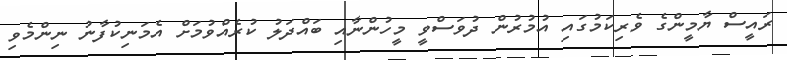
ރައީސް ޔާމީންގެ ވެރިކަމުގައި އުމުރުން ދުވަސްވީ މީހުންނާއި ބައްދަލު ކުރެއްވުމަށް އެމަނިކުފާނު ނިންމެވި